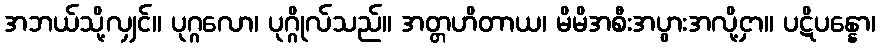
အဘယ်သို့လျှင်။ ပုဂ္ဂလော၊ ပုဂ္ဂိုလ်သည်။ အတ္တဟိတာယ၊ မိမိအစီးအပွားအလို့ငှာ။ ပဋိပန္နော၊